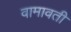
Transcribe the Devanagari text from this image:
वामावती